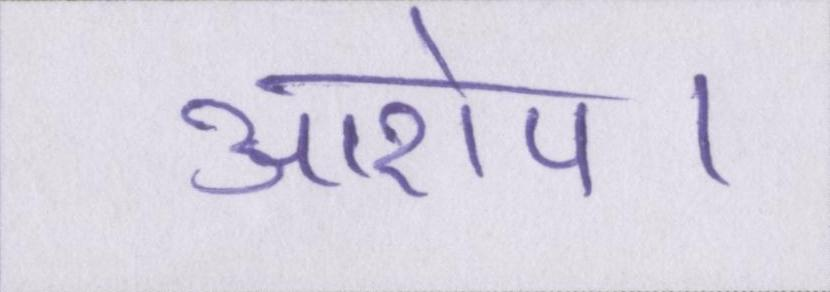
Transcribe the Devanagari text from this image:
आरोप।